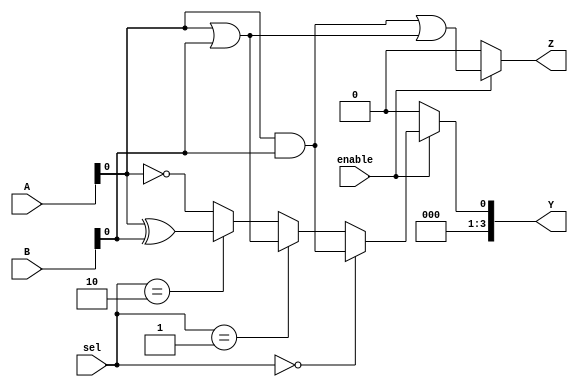
module CLB (
    input wire [3:0] A,         // 4-bit input bus
    input wire [3:0] B,         // 4-bit input bus
    input wire [1:0] sel,       // Selector for multiplexer
    input wire enable,          // Control signal to enable/disable logic
    output wire [3:0] Y,        // 4-bit output bus
    output wire Z               // Single output for additional logic
);

// Internal signals
wire and_out;
wire or_out;
wire xor_out;
wire not_out;

// Basic logic functions
assign and_out = A & B;          // AND operation
assign or_out = A | B;           // OR operation
assign xor_out = A ^ B;          // XOR operation
assign not_out = ~A;             // NOT operation on A

// Multiplexer to select output based on 'sel' input
assign Y = (enable) ? 
           (sel == 2'b00 ? and_out :
            sel == 2'b01 ? or_out :
            sel == 2'b10 ? xor_out :
            not_out) : 4'b0000; // Output 0 when disabled

// Additional logic output
assign Z = (enable) ? (and_out | or_out) : 1'b0; // Example of combining outputs

endmodule